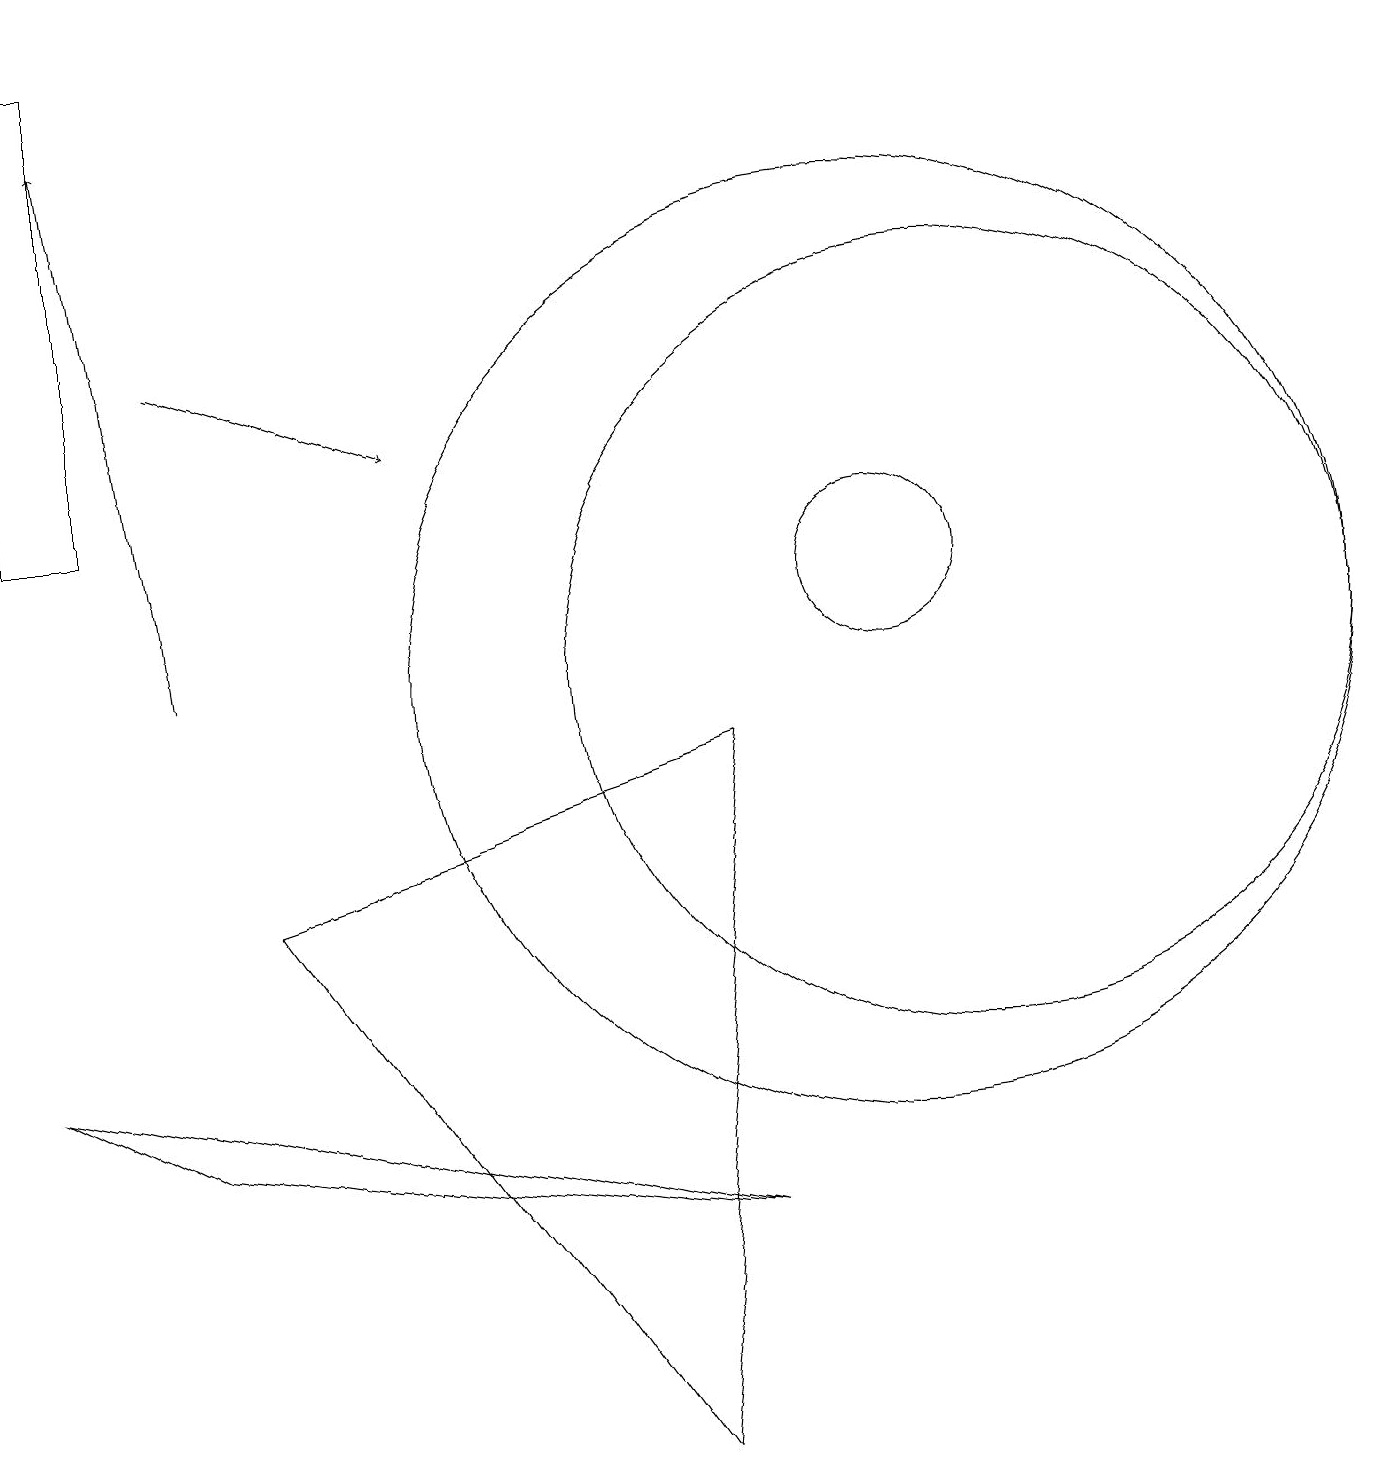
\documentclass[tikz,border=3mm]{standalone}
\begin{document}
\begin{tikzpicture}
\draw (11,11) circle (1);
\draw (12,10) circle (5);
\draw (0,12) rectangle (1,18);
\draw[->] (2,14) -- (5,13);
\draw (11,10) circle (6);
\draw (3,7) -- (9,9) -- (8,0) -- cycle;
\draw[->] (2,10) -- (1,17);
\draw (0,5) -- (2,4) -- (9,3) -- cycle;
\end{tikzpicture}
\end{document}